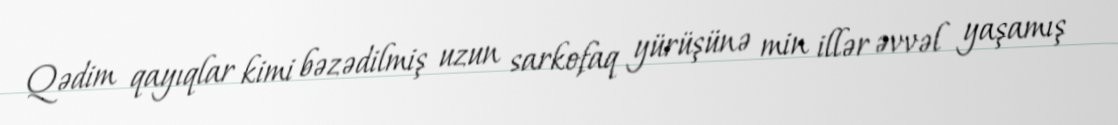
Qədim qayıqlar kimi bəzədilmiş uzun sarkofaq yürüşünə min illər əvvəl yaşamış